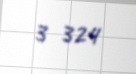
3 324